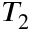
T _ { 2 }